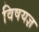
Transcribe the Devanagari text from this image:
विषयज्ञ